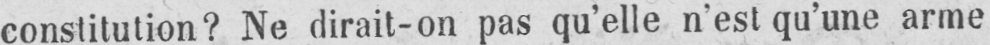
constitution? Ne dirait-on pas qu’elle n’est qu’une arme